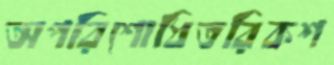
অপরিশোধিতরিকশ